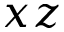
x z